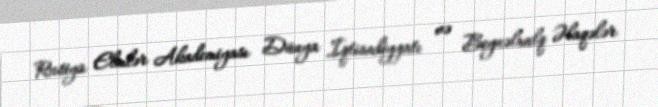
Rusiya Elmlər Akademiyası Dünya İqtisadiyyatı və Beynəlxalq Əlaqələr